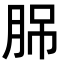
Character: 𦛉